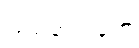
ပြည်တွင်းရော